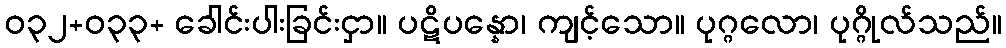
ဝ၃၂+၀၃၃+ ခေါင်းပါးခြင်းငှာ။ ပဋိပန္နော၊ ကျင့်သော။ ပုဂ္ဂလော၊ ပုဂ္ဂိုလ်သည်။